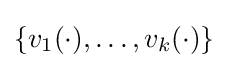
\{v_{1}(\cdot ),\ldots ,v_{k}(\cdot )\}